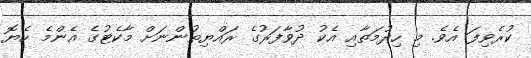
ކުރެވިފަ އެވެ. މި ހިދުމަތާއި އެކު ދުވާފަރުގެ ރައްޔިތުންނަށް މާކެޓުގެ އެންމެ ހެޔޮ